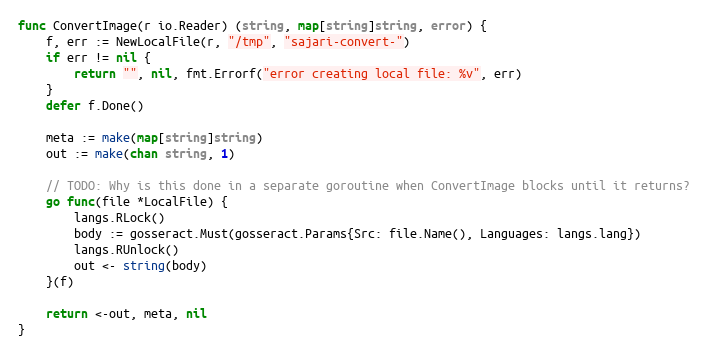
Language: Go
func ConvertImage(r io.Reader) (string, map[string]string, error) {
	f, err := NewLocalFile(r, "/tmp", "sajari-convert-")
	if err != nil {
		return "", nil, fmt.Errorf("error creating local file: %v", err)
	}
	defer f.Done()

	meta := make(map[string]string)
	out := make(chan string, 1)

	// TODO: Why is this done in a separate goroutine when ConvertImage blocks until it returns?
	go func(file *LocalFile) {
		langs.RLock()
		body := gosseract.Must(gosseract.Params{Src: file.Name(), Languages: langs.lang})
		langs.RUnlock()
		out <- string(body)
	}(f)

	return <-out, meta, nil
}